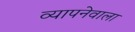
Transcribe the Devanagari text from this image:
व्यापनेवाला